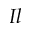
I l